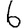
Digit: 6